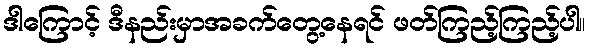
ဒါကြောင့် ဒီနည်းမှာအခက်တွေ့နေရင် ဖတ်ကြည့်ကြည့်ပါ။